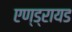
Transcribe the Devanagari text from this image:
एण्ड्रायड